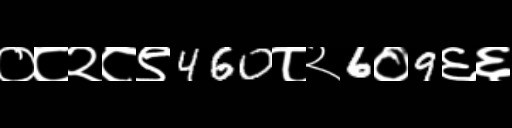
Text: ०८२८९460८२6०9६६